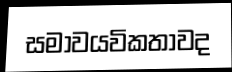
සමාවයවිකතාවද